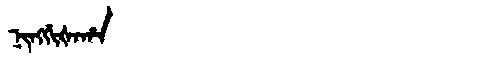
Manchu: ᠨᡳᠩᡤᡳᡧᠠᡥᠠ
Romanization: NINGGIŠAHA